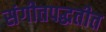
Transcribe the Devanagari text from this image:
संगीतपद्धतीत